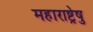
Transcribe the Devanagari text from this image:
महाराष्ट्रेषु